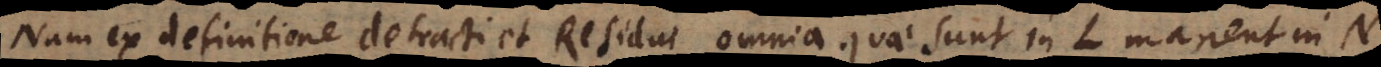
Nam ex definitione detracti et Residui omnia quae sunt in L manent in N